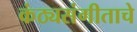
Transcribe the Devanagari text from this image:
कंठ्यसंगीताचे